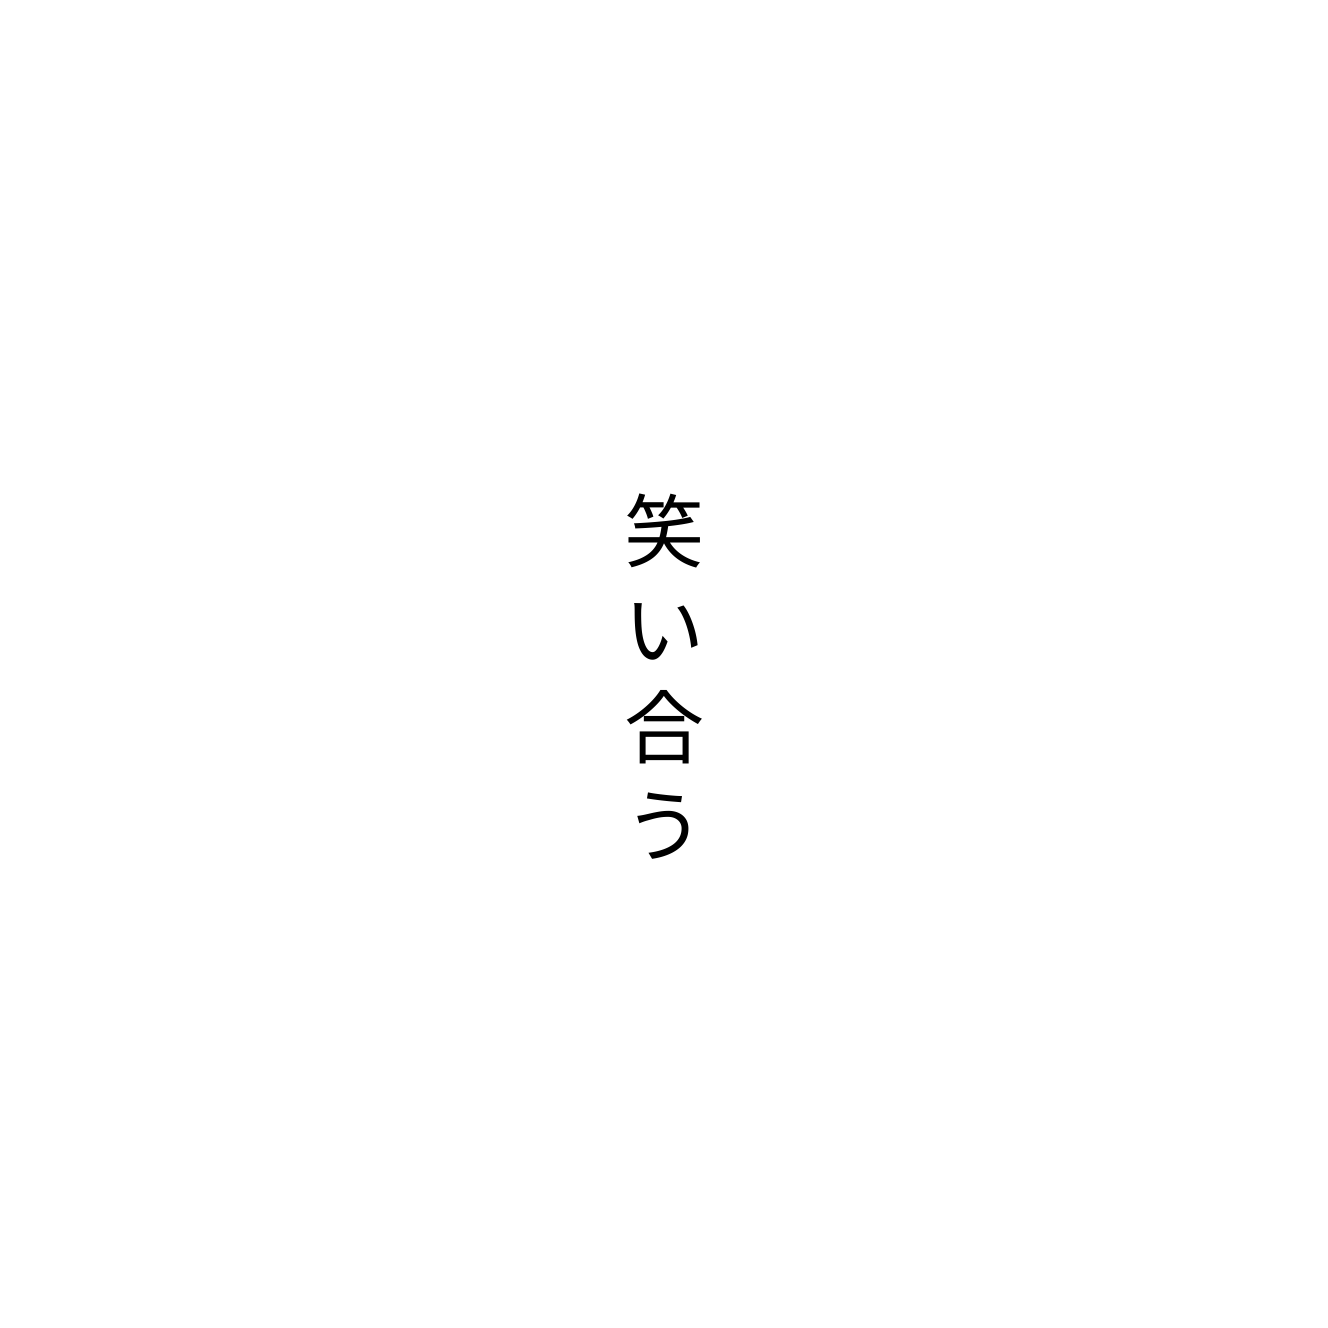
笑い合う